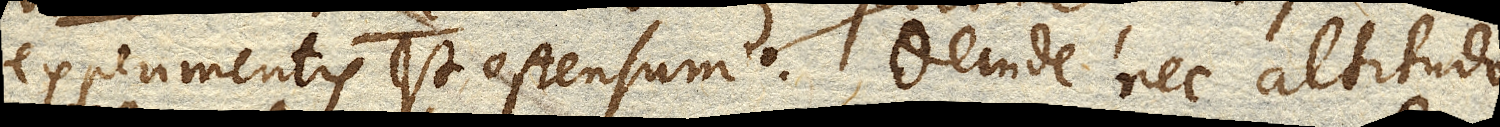
experimentis est ostendum. Deinde nec altitudo